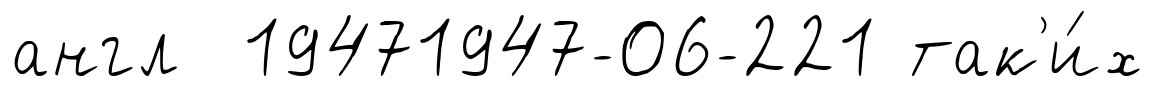
англ 19471947-06-221 так'и́х